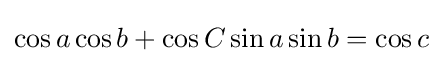
\cos a\cos b+\cos C\sin a\sin b=\cos c